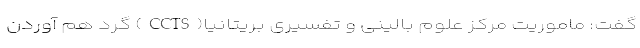
گفت: ماموریت مرکز علوم بالینی و تفسیری بریتانیا(CCTS) گرد هم آوردن